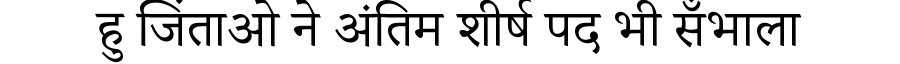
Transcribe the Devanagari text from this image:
हु जिंताओ ने अंतिम शीर्ष पद भी सँभाला